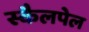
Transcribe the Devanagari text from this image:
स्कैलपेल